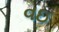
વઇ